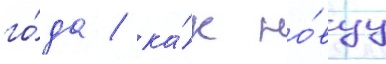
го́да / ка́к но́вуу